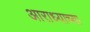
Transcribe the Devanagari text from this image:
आराध्याच्या